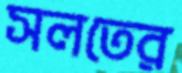
সলতের